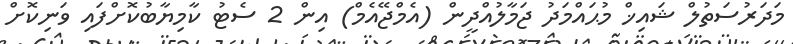
މަދަރުސަތުލް ޝައިޚް މުޙައްމަދު ޖަމާލުއްދީން (އެމްޖޭއެމް) އިން 2 ސެޓު ކާމިޔާބުކޮށްފައި ވަނިކޮށް